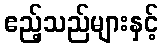
ဧည့်သည်များနှင့်